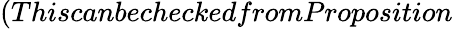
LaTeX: (ThiscanbecheckedfromProposition